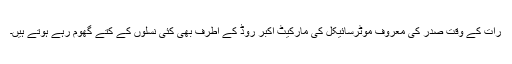
رات کے وقت صدر کی معروف موٹرسائیکل کی مارکیٹ اکبر روڈ کے اطرف بھی کئی نسلوں کے کتے گھوم رہے ہوتے ہیں۔